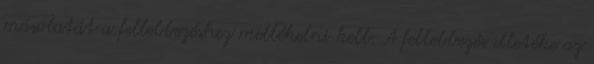
másolatát a fellebbezéshez mellékelni kell. A fellebbezés illetéke az